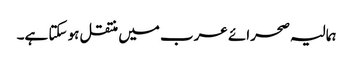
ہمالیہ صحرائے عرب میں منتقل ہو سکتا ہے۔